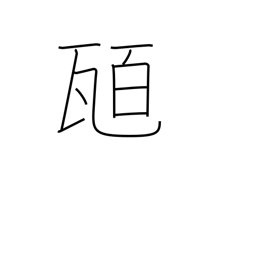
Meaning: hundred grams